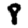
Digit: 8